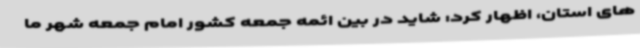
های استان، اظهار کرد: شاید در بین ائمه جمعه کشور امام جمعه شهر ما